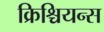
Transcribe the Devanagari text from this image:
क्रिश्चियन्स